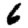
Digit: 6